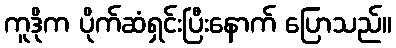
ကူဒိုက ပိုက်ဆံရှင်းပြီးနောက် ပြောသည်။